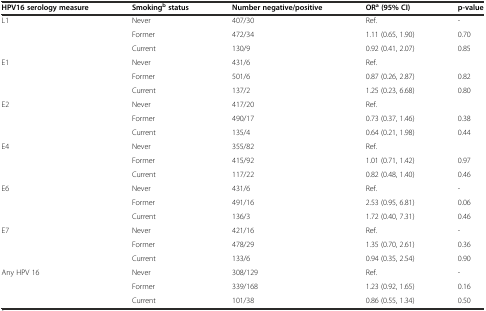
<table><thead><tr><td><b>HPV16 serology measure</b></td><td><b>Smoking<sup>b</sup>status</b></td><td><b>Number negative/positive</b></td><td><b>OR<sup>a</sup>(95% CI)</b></td><td><b>p-value</b></td></tr></thead><tbody><tr><td rowspan="3">L1</td><td>Never</td><td>407/30</td><td>Ref.</td><td>-</td></tr><tr><td>Former</td><td>472/34</td><td>1.11 (0.65, 1.90)</td><td>0.70</td></tr><tr><td>Current</td><td>130/9</td><td>0.92 (0.41, 2.07)</td><td>0.85</td></tr><tr><td rowspan="3">E1</td><td>Never</td><td>431/6</td><td>Ref.</td><td></td></tr><tr><td>Former</td><td>501/6</td><td>0.87 (0.26, 2.87)</td><td>0.82</td></tr><tr><td>Current</td><td>137/2</td><td>1.25 (0.23, 6.68)</td><td>0.80</td></tr><tr><td rowspan="3">E2</td><td>Never</td><td>417/20</td><td>Ref.</td><td></td></tr><tr><td>Former</td><td>490/17</td><td>0.73 (0.37, 1.46)</td><td>0.38</td></tr><tr><td>Current</td><td>135/4</td><td>0.64 (0.21, 1.98)</td><td>0.44</td></tr><tr><td rowspan="3">E4</td><td>Never</td><td>355/82</td><td>Ref.</td><td></td></tr><tr><td>Former</td><td>415/92</td><td>1.01 (0.71, 1.42)</td><td>0.97</td></tr><tr><td>Current</td><td>117/22</td><td>0.82 (0.48, 1.40)</td><td>0.46</td></tr><tr><td rowspan="3">E6</td><td>Never</td><td>431/6</td><td>Ref.</td><td>-</td></tr><tr><td>Former</td><td>491/16</td><td>2.53 (0.95, 6.81)</td><td>0.06</td></tr><tr><td>Current</td><td>136/3</td><td>1.72 (0.40, 7.31)</td><td>0.46</td></tr><tr><td rowspan="3">E7</td><td>Never</td><td>421/16</td><td>Ref.</td><td>-</td></tr><tr><td>Former</td><td>478/29</td><td>1.35 (0.70, 2.61)</td><td>0.36</td></tr><tr><td>Current</td><td>133/6</td><td>0.94 (0.35, 2.54)</td><td>0.90</td></tr><tr><td rowspan="3">Any HPV 16</td><td>Never</td><td>308/129</td><td>Ref.</td><td>-</td></tr><tr><td>Former</td><td>339/168</td><td>1.23 (0.92, 1.65)</td><td>0.16</td></tr><tr><td>Current</td><td>101/38</td><td>0.86 (0.55, 1.34)</td><td>0.50</td></tr></tbody></table>